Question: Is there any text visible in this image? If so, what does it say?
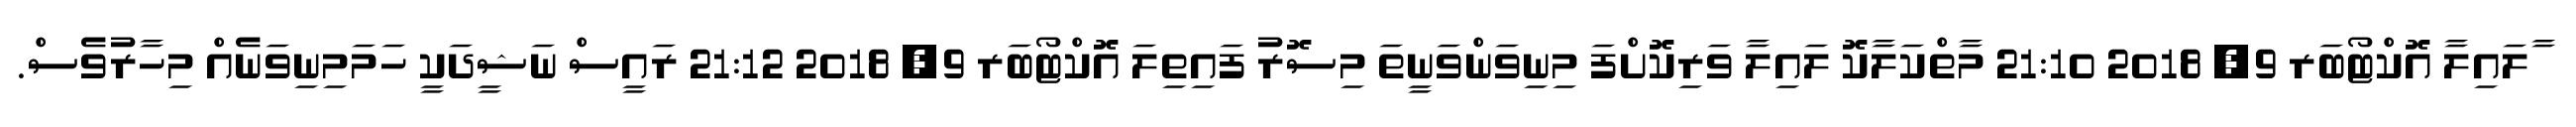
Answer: ާލައިލާ އޮކްޓޯބަރ 9, 2018 21:10 މާތްކަލާކޮ ލައިލާ ވަރިކޮށްފަ މިނިވަންވަނީތަ މިސޮރު ފައިތިލަ އޮކްޓޯބަރ 9, 2018 21:12 ރައީސް ނަޝީދަކީ ހަމަމިނިވަނެއް މިހާރުވެސް.